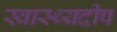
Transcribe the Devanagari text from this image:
स्वास्थ्यदीप